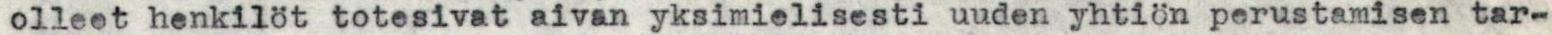
olleet henkilöt totesivat aivan yksimielisesti uuden yhtiön perustamisen tar-